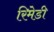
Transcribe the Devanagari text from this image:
रिमेडी